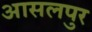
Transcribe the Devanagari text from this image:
आसलपुर